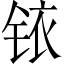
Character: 铱